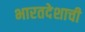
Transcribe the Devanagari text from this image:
भारतदेशाची